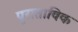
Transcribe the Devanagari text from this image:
पुराताविक